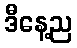
ဒီနေ့ည